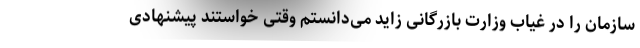
سازمان را در غیاب وزارت بازرگانی زاید می‌دانستم وقتی خواستند پیشنهادی